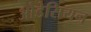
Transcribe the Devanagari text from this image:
ओडेसियन